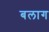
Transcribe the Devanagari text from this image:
बलाग